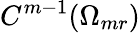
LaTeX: C^{m-1}(\Omega_{mr})